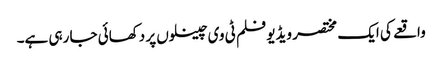
واقعے کی ایک مختصر ویڈیو فلم ٹی وی چینلوں پر دکھائی جا رہی ہے۔